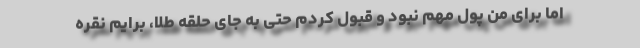
اما برای من پول مهم نبود و قبول کردم حتی به جای حلقه طلا، برایم نقره